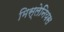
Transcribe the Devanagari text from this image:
मिस्लेनियस